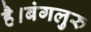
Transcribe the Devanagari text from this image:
है।बंगलुरु